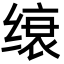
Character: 缞